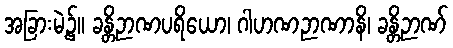
အခြားမဲ့၌။ ခန္တိဉာဏပရိယော၊ ဂါဟဏဉာဏာနိ၊ ခန္တိဉာဏ်